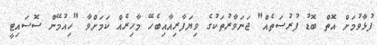
ފުޅާވުމަށް އޮތް ބޮޑު ފުރުސަތެއް" ޖަނަވާރުތަކުގެ ވިޔަފާރިއާއިބެހޭ މާހިރެއް ކަމަށްވާ "ހިއުމޭން ސޮސައިޓީ